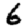
Digit: 6